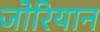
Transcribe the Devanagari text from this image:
जोरियान